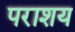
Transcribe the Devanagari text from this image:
पराशय